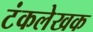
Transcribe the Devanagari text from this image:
टंकलेखक